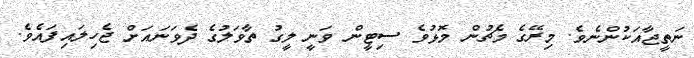
ނަތީޖާއަކުންނެވެ. މިރޭގެ މެޗުން މޮޅުވެ ސިޓީން ވަނީ ލީގު ތާވަލުގެ ދެވަނައަށް ޖެހިލައިފައެވެ.